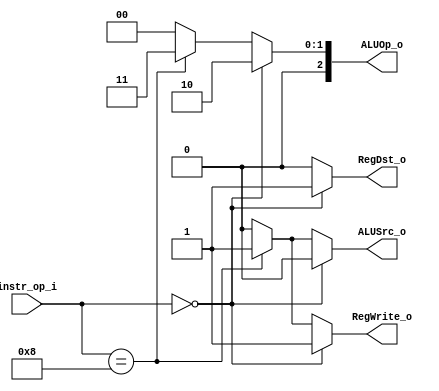
module Decoder( instr_op_i, RegWrite_o,	ALUOp_o, ALUSrc_o, RegDst_o );
     
//I/O ports
input	[6-1:0] instr_op_i;

output			RegWrite_o;
output	[3-1:0] ALUOp_o;
output			ALUSrc_o;
output			RegDst_o;
 
//Internal Signals
wire	[3-1:0] ALUOp_o;
wire			ALUSrc_o;
wire			RegWrite_o;
wire			RegDst_o;

//Main function
/*your code here*/
parameter R = 6'b000000;
parameter addi = 6'b001000;

assign RegWrite_o = (instr_op_i == R) ? 1'b1 :
                   (instr_op_i == addi) ? 1'b1 : 1'b0;

assign ALUOp_o = (instr_op_i == R) ? 3'b010 :
			    (instr_op_i == addi) ? 3'b011 : 3'b000;

assign ALUSrc_o = (instr_op_i == R) ? 1'b0 :
				 (instr_op_i == addi) ? 1'b1 : 1'b0;		    

assign RegDst_o = (instr_op_i == R) ? 1'b1 :
				 (instr_op_i == addi) ? 1'b0 : 1'b0;

endmodule